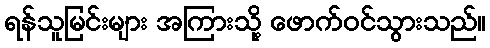
ရန်သူမြင်းများ အကြားသို့ ဖောက်ဝင်သွားသည်။